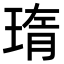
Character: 㻟